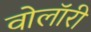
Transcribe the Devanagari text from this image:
वोलॉरी